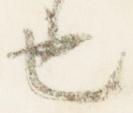
也